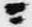
ニ